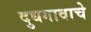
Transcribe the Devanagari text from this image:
दुधगावाचे